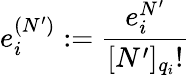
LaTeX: e_{i}^{(N^{\prime})}:=\frac{e_{i}^{N^{\prime}}}{[N^{\prime}]_{q_{i}}!}